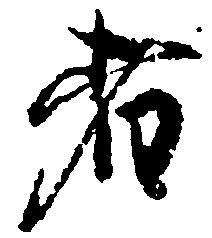
者